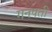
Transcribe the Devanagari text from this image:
गनपती